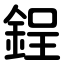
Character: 鋥